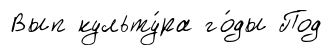
Вып культу́ра го́ды Под